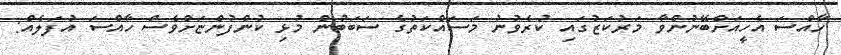
ހާއްސަ އެހީއަށްބޭނުންވާ މަރުކަޒުގައި ކުރެވުނު މަސައްކަތުގެ ސަބަބުން މުޅި ކުންފުންޏަށްވެސް ހާއްސަ އުފަލެއް: